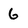
Character: 6